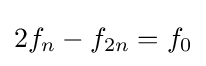
2f_{n}-f_{2n}=f_{0}